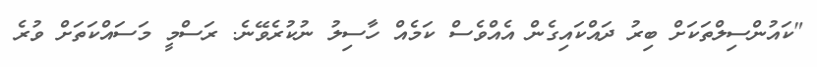
"ކައުންސިލްތަކަށް ބިރު ދައްކައިގެން އެއްވެސް ކަމެއް ހާސިލު ނުކުރެވޭނެ. ރަސްމީ މަސައްކަތަށް ވުރެ